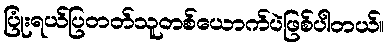
ပြုံးရယ်ပြတတ်သူတစ်ယောက်ပဲဖြစ်ပါတယ်။